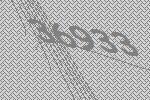
36933